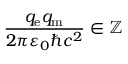
{ \frac { q _ { \mathrm { e } } q _ { \mathrm { m } } } { 2 \pi \varepsilon _ { 0 } \hbar c ^ { 2 } } } \in \mathbb { Z }